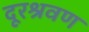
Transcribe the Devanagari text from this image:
दूरश्रवण